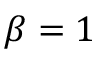
\beta = 1